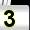
Digit: 3